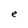
Character: e